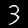
Digit: 3